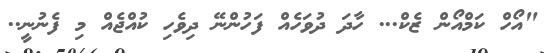
"އޯހް ކަމްއޯން ޒެކް... ހާދަ ދުވަހެއް ފަހުންނޭ ދިވެހި ކުއްޖެއް މި ފެނުނީ..